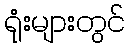
ရုံးများတွင်